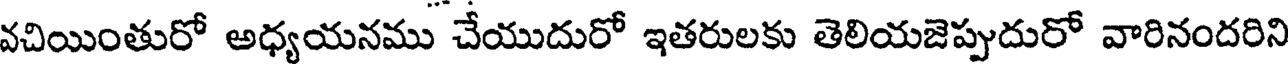
వచియింతురో అధ్యయనము చేయుదురో ఇతరులకు తెలియజెప్పుదురో వారినందరిని